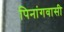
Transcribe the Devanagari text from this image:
पिनांगवासी